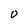
Character: 0